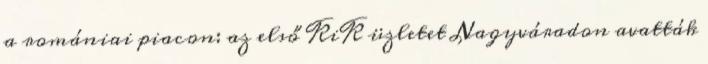
a romániai piacon: az első KiK üzletet Nagyváradon avatták